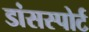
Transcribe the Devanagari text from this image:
डांसस्पोर्ट